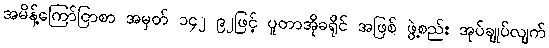
အမိန့်ကြော်ငြာစာ အမှတ် ၁၄၂ ၉၂ဖြင့် ပူတာအိုခရိုင် အဖြစ် ဖွဲ့စည်း အုပ်ချုပ်လျက်